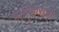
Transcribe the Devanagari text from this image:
प्राप्तिकराची